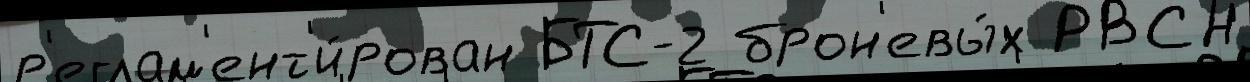
р'еглам'ент'и́рован БТС-2 брон'евы́х РВСН